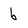
Character: b